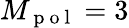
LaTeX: M_{\mathrm{~p~o~l~}}=3